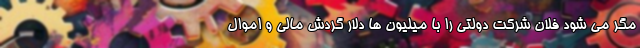
مگر می شود فلان شرکت دولتی را با میلیون ها دلار گردش مالی و اموال